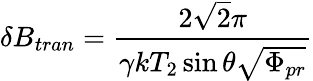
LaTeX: \delta B_{tran}=\frac{2\sqrt{2}\pi}{\gamma kT_{2}\sin\theta\sqrt{\Phi_{pr}}}